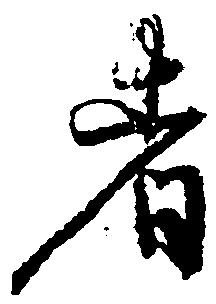
者